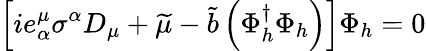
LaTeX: \left[ie_{\alpha}^{\mu}\sigma^{\alpha}D_{\mu}+\widetilde{\mu}-\widetilde{b}\left(\Phi_{h}^{\dagger}\Phi_{h}\right)\right]\Phi_{h}=0